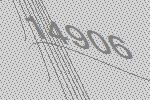
14906